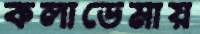
কলাডেমায়